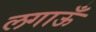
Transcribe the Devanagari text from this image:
लगाऊँ